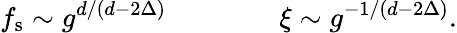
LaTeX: f_{\mathrm{s}}\sim g^{d/(d-2\Delta)}\qquad\qquad\xi\sim g^{-1/(d-2\Delta)}.